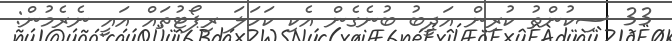
33 ސިކުންތު ކުރިން އަދީބު ބުނެގެން އެކި ކަހަލަ ރިޕޯޓުތައް އައީ ނެރެމުން: